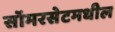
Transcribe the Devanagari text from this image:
सॉमरसेटमधील